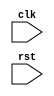
module reset_block (
    input wire clk,
    input wire rst,
    // other input/output ports here
);

// Declare internal variables and logic here


always @(posedge rst) begin
    // Code to execute on positive edge of reset signal
    // Update internal state accordingly
end

endmodule